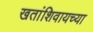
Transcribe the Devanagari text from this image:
खतांशिवायच्या